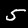
Digit: 5